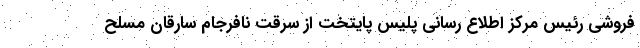
فروشی رئیس مرکز اطلاع رسانی پلیس پایتخت از سرقت نافرجام سارقان مسلح